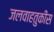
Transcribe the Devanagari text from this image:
जलवाहतुकीस